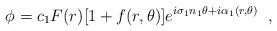
LaTeX: \begin{align*} \phi=c_{1}F(r)[1+f(r,\theta)] e^{i\sigma_{1}n_{1}\theta+i\alpha_{1}(r,\theta)} \;\;,\end{align*}